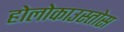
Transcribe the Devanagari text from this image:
होलोकाउस्तोस